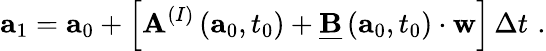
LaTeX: \mathbf{a}_{1}=\mathbf{a}_{0}+\left[\mathbf{A}^{(I)}\left(\mathbf{a}_{0},t_{0}\right)+\underline{{\mathbf{B}}}\left(\mathbf{a}_{0},t_{0}\right)\cdot\mathbf{w}\right]\, \Delta t\, \, .